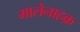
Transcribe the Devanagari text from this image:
मालेनाहक़